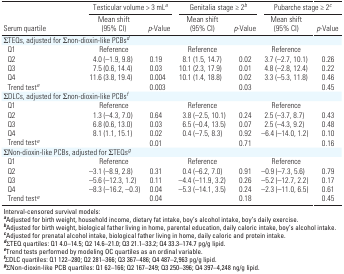
<table><thead><tr><td rowspan="2"><b>Serum quartile</b></td><td colspan="2"><b>Testicular volume &gt; 3 mL<sup><i>a</i></sup></b></td><td colspan="2"><b>Genitalia stage ≥ 2<sup><i>b</i></sup></b></td><td colspan="2"><b>Pubarche stage ≥ 2<sup><i>c</i></sup></b></td></tr><tr><td><b>Mean shift (95% CI)</b></td><td><b><i>p</i>-Value</b></td><td><b>Mean shift (95% CI)</b></td><td><b><i>p</i>-Value</b></td><td><b>Mean shift (95% CI) </b></td><td><b><i>p</i>-Value</b></td></tr></thead><tbody><tr><td><b>ΣTEQs, adjusted for Σnon-dioxin-like PCBs<sup><i>d</i></sup></b></td></tr><tr><td><b>Q1 </b></td><td>Reference</td><td></td><td>Reference</td><td></td><td>Reference</td></tr><tr><td><b>Q2</b></td><td>4.0 (–1.9, 9.8)</td><td>0.19</td><td>8.1 (1.5, 14.7)</td><td>0.02</td><td>3.7 (–2.7, 10.1)</td><td>0.26</td></tr><tr><td><b>Q3</b></td><td>7.5 (0.6, 14.4)</td><td>0.03</td><td>10.1 (2.3, 17.9)</td><td>0.01</td><td>4.8 (–2.8, 12.4)</td><td>0.22</td></tr><tr><td><b>Q4</b></td><td>11.6 (3.8, 19.4)</td><td>0.004</td><td>10.1 (1.4, 18.8)</td><td>0.02</td><td>3.3 (–5.3, 11.8)</td><td>0.46</td></tr><tr><td><b>Trend test<sup><i>e</i></sup></b></td><td></td><td>0.003</td><td></td><td>0.03</td><td></td><td>0.45</td></tr><tr><td><b>ΣDLCs, adjusted for Σnon-dioxin-like PCBs<sup><i>f</i></sup></b></td></tr><tr><td><b>Q1 </b></td><td>Reference</td><td></td><td>Reference</td><td></td><td>Reference</td></tr><tr><td><b>Q2</b></td><td>1.3 (–4.3, 7.0) </td><td>0.64</td><td>3.8 (–2.5, 10.1)</td><td>0.24</td><td>2.5 (–3.7, 8.7)</td><td>0.43</td></tr><tr><td><b>Q3</b></td><td>6.8 (0.6, 13.0)</td><td>0.03</td><td>6.5 (–0.4, 13.5)</td><td>0.07</td><td>2.5 (–4.3, 9.2)</td><td>0.48</td></tr><tr><td><b>Q4</b></td><td>8.1 (1.1, 15.1)</td><td>0.02</td><td>0.4 (–7.5, 8.3)</td><td>0.92</td><td>–6.4 (–14.0, 1.2)</td><td>0.10</td></tr><tr><td><b>Trend test<sup><i>e</i></sup></b></td><td></td><td>0.01</td><td></td><td>0.71</td><td></td><td>0.16</td></tr><tr><td><b>ΣNon-dioxin-like PCBs, adjusted for ΣTEQs<sup><i>g</i></sup></b></td></tr><tr><td><b>Q1 </b></td><td>Reference</td><td></td><td>Reference</td><td></td><td>Reference</td></tr><tr><td><b>Q2</b></td><td>–3.1 (–8.9, 2.8)</td><td>0.31</td><td>0.4 (–6.2, 7.0)</td><td>0.91</td><td>–0.9 (–7.3, 5.6)</td><td>0.79</td></tr><tr><td><b>Q3</b></td><td>–5.6 (–12.3, 1.2)</td><td>0.11</td><td>–4.4 (–11.9, 3.2)</td><td>0.26</td><td>–5.2 (–12.7, 2.2)</td><td>0.17</td></tr><tr><td><b>Q4</b></td><td>–8.3 (–16.2, –0.3)</td><td>0.04</td><td>–5.3 (–14.1, 3.5)</td><td>0.24</td><td>–2.3 (–11.0, 6.5)</td><td>0.61</td></tr><tr><td><b>Trend test<sup><i>e</i></sup></b></td><td></td><td>0.04</td><td></td><td>0.18</td><td></td><td>0.45</td></tr><tr><td colspan="7">Interval-censored survival models: <sup><i><b>a</b></i></sup>Adjusted for birth weight, household income, dietary fat intake, boy’s alcohol intake, boy’s daily exercise. <sup><i><b>b</b></i></sup>Adjusted for birth weight, biological father living in home, parental education, daily caloric intake, boy’s alcohol intake. <sup><i><b>c</b></i></sup>Adjusted for prenatal alcohol intake, biological father living in home, daily caloric and protein intake. <sup><i><b>d</b></i></sup>ΣTEQ quartiles: Q1 4.0–14.5; Q2 14.6–21.0; Q3 21.1–33.2; Q4 33.3–174.7 pg/g lipid. <sup><i><b>e</b></i></sup>Trend tests performed by modeling OC quartiles as an ordinal variable. <sup><i><b>f</b></i></sup>ΣDLC quartiles: Q1 122–280; Q2 281–366; Q3 367–486; Q4 487–2,963 pg/g lipid. <sup><i><b>g</b></i></sup>ΣNon-dioxin-like PCB quartiles: Q1 62–166; Q2 167–249; Q3 250–396; Q4 397–4,248 ng/g lipid.</td></tr></tbody></table>